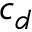
c _ { d }